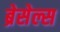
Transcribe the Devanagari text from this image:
ब्रेसेल्स